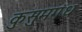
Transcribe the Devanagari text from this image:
कुसुमगंध